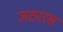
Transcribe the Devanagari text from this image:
जठररस